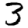
Digit: 3